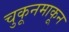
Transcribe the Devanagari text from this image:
चुकूनमाकून